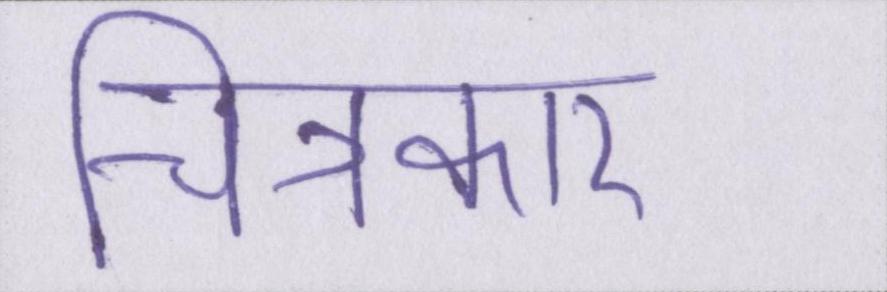
चित्रकार